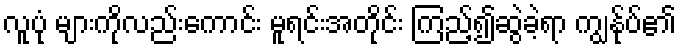
လူပုံ များကိုလည်းကောင်း မူရင်းအတိုင်း ကြည့်၍ဆွဲခဲ့ရာ ကျွန်ုပ်၏